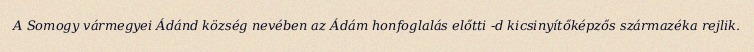
A Somogy vármegyei Ádánd község nevében az Ádám honfoglalás előtti -d kicsinyítőképzős származéka rejlik.